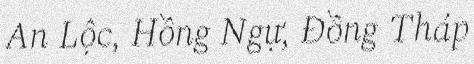
An Lộc, Hồng Ngự, Đồng Tháp